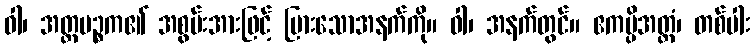
ဝါ၊ အတ္ထပဉ္စက၏ အစွမ်းအားဖြင့် ပြားသောအနက်ကို။ ဝါ၊ အနက်တွင်။ ဧကမ္ပိအတ္ထံ၊ တစ်ပါး